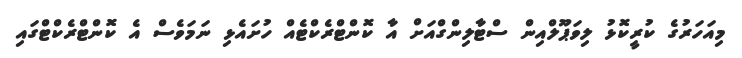
މިއަހަރުގެ ކުރީކޮޅު ލިވަޕޫލްއިން ސްޓާލިންގްއަށް އާ ކޮންޓްރެކްޓެއް ހުށައެޅި ނަމަވެސް އެ ކޮންޓްރެކްޓްގައި